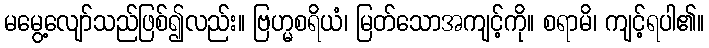
မမွေ့လျော်သည်ဖြစ်၍လည်း။ ဗြဟ္မစရိယံ၊ မြတ်သောအကျင့်ကို။ စရာမိ၊ ကျင့်ရပါ၏။